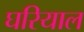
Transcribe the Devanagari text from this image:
घरियाल